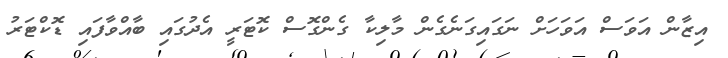
އިޒާން އަވަސް އަވަހަށް ނަގައިގަނެގެން މާލިކާ ގެންގޮސް ކޮޓަރީ އެދުގައި ބާއްވާފައި ޑޮކްޓަރު